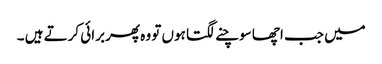
میں جب اچھا سوچنے لگتا ہوں تو وہ پھر برائی کرتے ہیں ۔